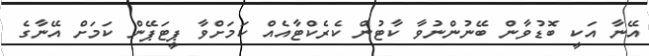
އޭނާ އަކީ ބޮޑުވާން ބޭނުންނުވާ ކާޓުން ކެރެކްޓާއެއް ކަމަށްވާ ޕީޓަޕޭން ކަމަށް އޭނާގެ